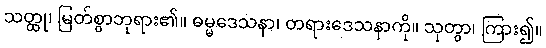
သတ္ထု၊ မြတ်စွာဘုရား၏။ ဓမ္မဒေသနာ၊ တရားဒေသနာကို။ သုတွာ၊ ကြား၍။